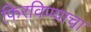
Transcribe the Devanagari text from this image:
फिरविण्याचा